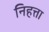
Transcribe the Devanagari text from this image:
निहत्ता